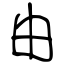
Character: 由